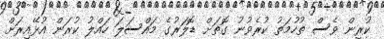
ކުރިން ވެސް ތުހުމަތު ކުރެވުނު ގޮތަށް ޑޮލަރުގެ މައްސަލަ ހައްލު ކުރަން އުޅޭއިރަށް